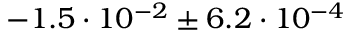
- 1 . 5 \cdot 1 0 ^ { - 2 } \pm 6 . 2 \cdot 1 0 ^ { - 4 }